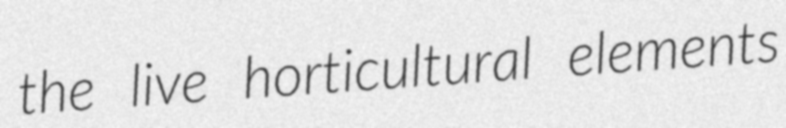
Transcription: the live horticultural elements